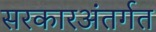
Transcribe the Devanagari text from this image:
सरकारअंतर्गत